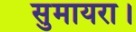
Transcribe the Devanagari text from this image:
सुमायरा।